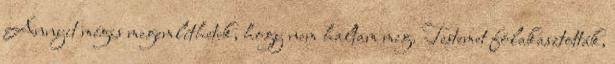
Annyit mégis megemlíthetek, hogy nem haltam meg. Testemet fölakasztották,